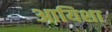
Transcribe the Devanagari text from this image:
आयिशा